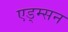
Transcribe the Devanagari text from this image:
एड्म्सन